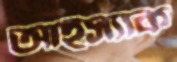
আইস্যাক